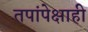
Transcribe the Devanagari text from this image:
तपांपेक्षाही